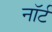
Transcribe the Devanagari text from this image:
नॉर्ट